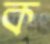
ক